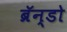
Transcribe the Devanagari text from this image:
ब्रॅन्डो